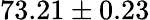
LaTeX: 73.21\pm 0.23